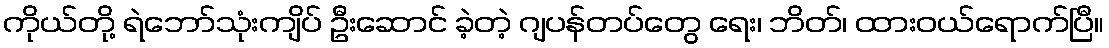
ကိုယ်တို့ ရဲဘော်သုံးကျိပ် ဦးဆောင် ခဲ့တဲ့ ဂျပန်တပ်တွေ ရေး၊ ဘိတ်၊ ထားဝယ်ရောက်ပြီ။